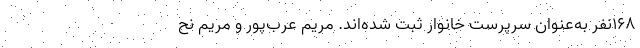
۱۶۸نفر به‌عنوان سرپرست خانوار ثبت شده‌اند. مریم عرب‌پور و مریم نح